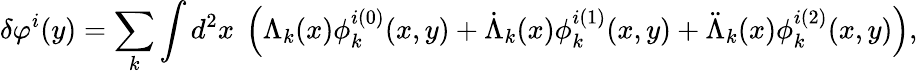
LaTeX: \delta\varphi^{i}(y)=\sum_{k}\int d^{2}x\ \left(\Lambda_{k}(x)\phi_{k}^{i(0)}(x,y)+\dot{\Lambda}_{k}(x)\phi_{k}^{i(1)}(x,y)+\ddot{\Lambda}_{k}(x)\phi_{k}^{i(2)}(x,y)\right),